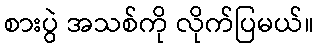
စားပွဲ အသစ်ကို လိုက်ပြမယ်။